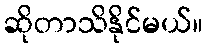
ဆိုတာသိနိုင်မယ်။